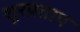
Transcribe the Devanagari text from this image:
शूरप्रताप